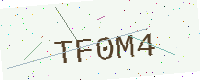
Text: TF0M4